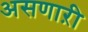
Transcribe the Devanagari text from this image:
असणाऱी